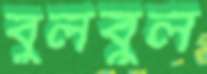
বুলবুল